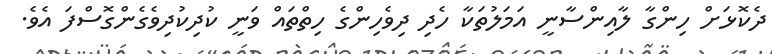
ދެކޮޅަށް ހިންގާ ލާއިންސާނީ އަމަލުތަކާ ހެދި ދިވެހިންގެ ހިތްތައް ވަނީ ކުދިކުދިވެގެންގޮސްފަ އެވެ.